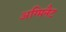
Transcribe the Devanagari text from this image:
अग्मिनैट